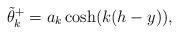
LaTeX: \begin{align*}\tilde\theta_k^{+}=a_k \cosh( k(h-y)), \end{align*}